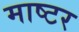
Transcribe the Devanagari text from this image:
माष्टर